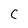
Character: C